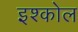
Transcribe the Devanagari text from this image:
इश्कोल